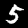
Digit: 5